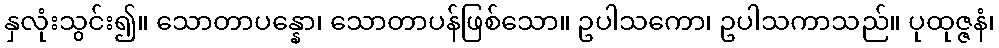
နှလုံးသွင်း၍။ သောတာပန္နော၊ သောတာပန်ဖြစ်သော။ ဥပါသကော၊ ဥပါသကာသည်။ ပုထုဇ္ဇနံ၊